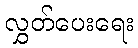
လွှတ်ပေးရေး